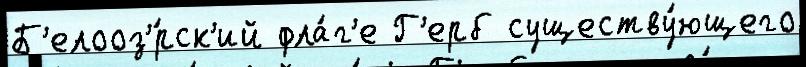
Б'елооз'́рск'ий фла́г'е Г'ерб существу́ющего